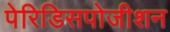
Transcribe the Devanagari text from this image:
पेरिडिसपोजीशन